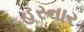
હરનાર